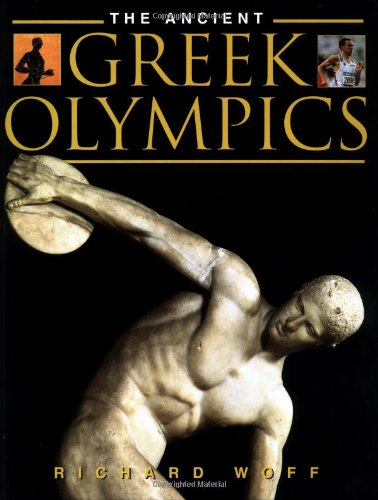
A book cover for The Ancient Greek Olympics; Richard Woff; Children's Books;